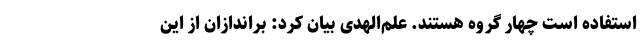
استفاده است چهار گروه هستند. علم‌الهدی بیان کرد: براندازان از این